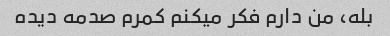
بله، من دارم فکر میکنم کمرم صدمه دیده